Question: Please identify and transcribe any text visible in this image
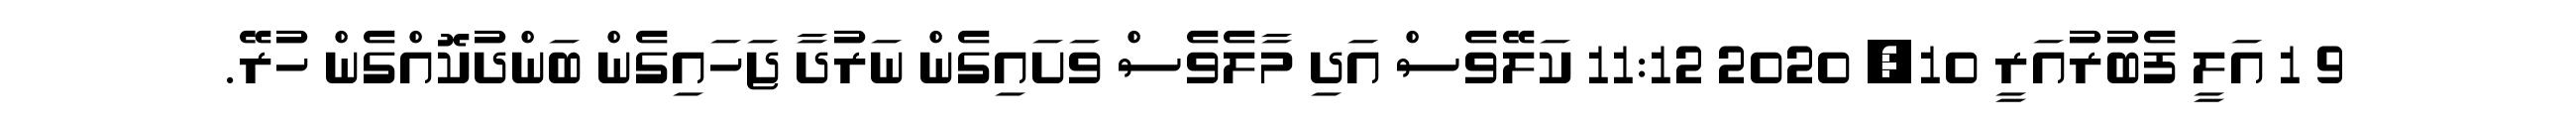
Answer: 9 1 އަލީ ފެބުރުއަރީ 10, 2020 11:12 ކަލޭވެސް އަދި މާލެވެސް ވަށައިގެން ނަރުދާ ޖަހައިގެން ބަންދުކޮއްގެން ހުރޭ.